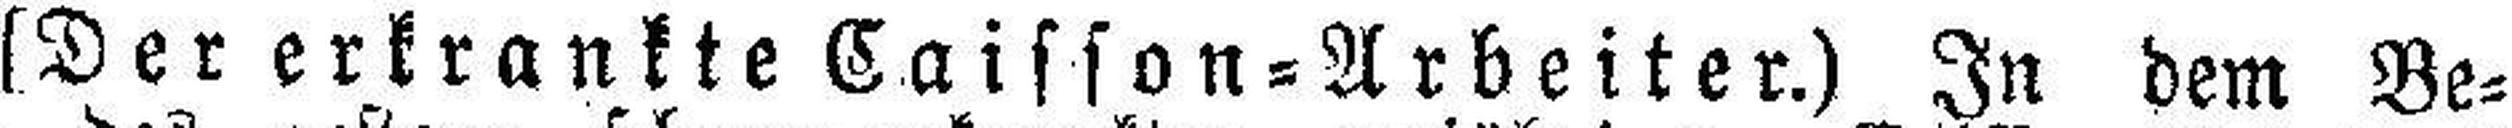
[Der erkrankte Caisson=Arbeiter.) In dem Be¬